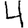
Digit: 4